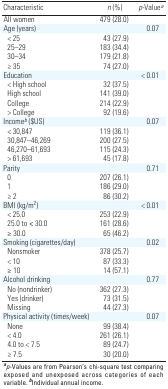
| Characteristic | <COLSPAN=2> n (%) | p-Valuea |
 | --- | --- | --- | --- |
 | All women | 479 | (28.0) |
 | Age (years) | 0.07 |
 | < 25 | 43 | (27.9) |
 | 25–29 | 183 | (34.4) |
 | 30–34 | 179 | (21.8) |
 | ≥ 35 | 74 | (27.0) |
 | Education | < 0.01 |
 | < High school | 32 | (37.5) |
 | High school | 141 | (39.0) |
 | College | 214 | (22.9) |
 | > College | 92 | (19.6) |
 | Incomeb ($US) | 0.07 |
 | < 30,847 | 119 | (36.1) |
 | 30,847–46,269 | 200 | (27.5) |
 | 46,270–61,693 | 115 | (24.3) |
 | > 61,693 | 45 | (17.8) |
 | Parity | 0.71 |
 | 0 | 207 | (26.1) |
 | 1 | 186 | (29.0) |
 | ≥ 2 | 86 | (30.2) |
 | BMI (kg/m2) | < 0.01 |
 | < 25.0 | 253 | (22.9) |
 | 25.0 to < 30.0 | 161 | (28.6) |
 | ≥ 30.0 | 65 | (46.2) |
 | Smoking (cigarettes/day) | 0.02 |
 | Nonsmoker | 378 | (25.7) |
 | < 10 | 87 | (33.3) |
 | ≥ 10 | 14 | (57.1) |
 | Alcohol drinking | 0.77 |
 | No (nondrinker) | 362 | (27.3) |
 | Yes (drinker) | 73 | (31.5) |
 | Missing | 44 | (27.3) |
 | Physical activity (times/week) | 0.07 |
 | None | 99 | (38.4) |
 | < 4.0 | 261 | (26.1) |
 | 4.0 to < 7.5 | 89 | (24.7) |
 | ≥ 7.5 | 30 | (20.0) |
 | <COLSPAN=6> ap-Values are from Pearson’s chi-square test comparingexposed and unexposed across categories of each variable. bIndividualannual income. |